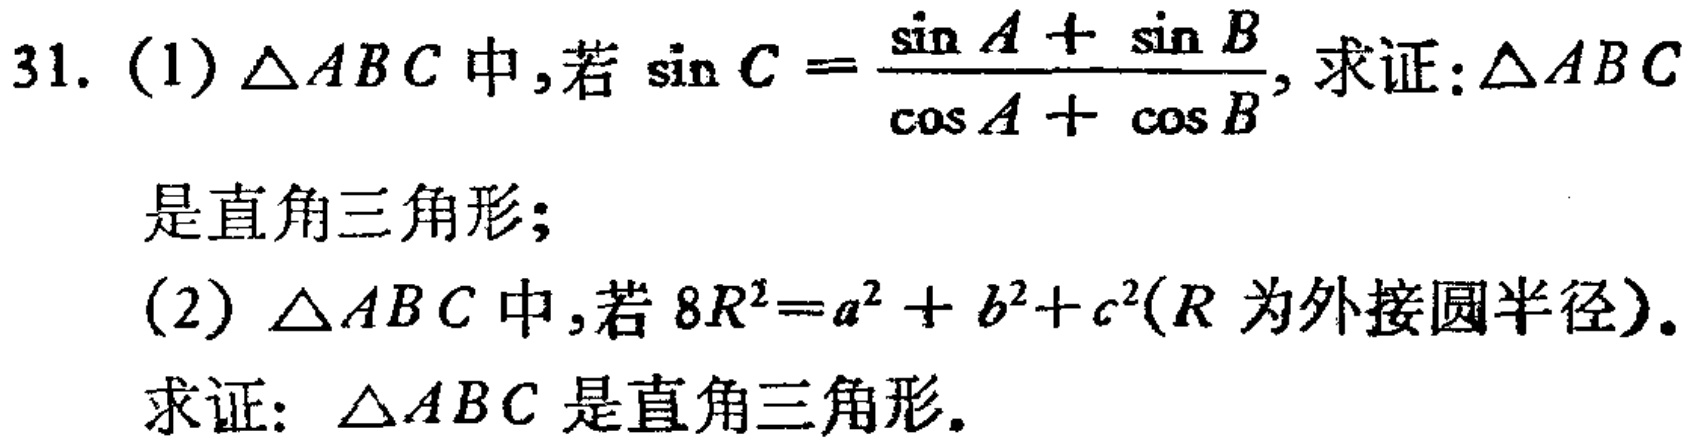
31. (1) $\triangle ABC$中，若$\sin C = \frac{\sin A + \sin B}{\cos A + \cos B}$，求证：$\triangle ABC$是直角三角形；
(2) $\triangle ABC$中，若$8R^{2}=a^{2}+b^{2}+c^{2}$($R$为外接圆半径)。
求证：$\triangle ABC$是直角三角形。